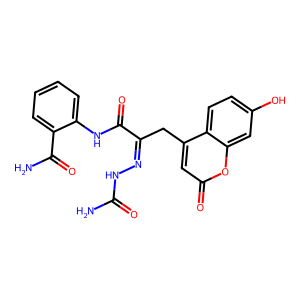
SMILES: NC(=O)NN=C(Cc1cc(=O)oc2cc(O)ccc12)C(=O)Nc1ccccc1C(N)=O
Inhibits HIV replication: No